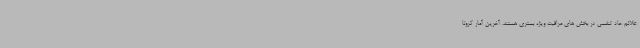
علائم حاد تنفسی در بخش های مراقبت ویژه بستری هستند. آخرین آمار کرونا